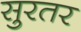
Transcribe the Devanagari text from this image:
सुरतर